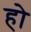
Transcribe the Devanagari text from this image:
हो